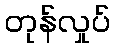
တုန်လှုပ်